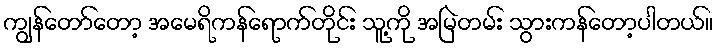
ကျွန်တော်တော့ အမေရိကန်ရောက်တိုင်း သူ့ကို အမြဲတမ်း သွားကန်တော့ပါတယ်။